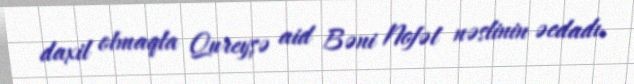
daxil olmaqla Qureyşə aid Bəni Nofəl nəslinin əcdadı.